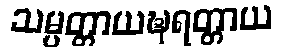
သမ္ပတ္တာယဍ္ဎရတ္တာယ